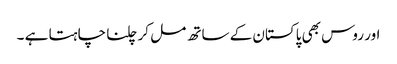
اور روس بھی پاکستان کے ساتھ مل کر چلنا چاہتا ہے ۔